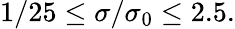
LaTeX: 1/25\leq\sigma/\sigma_{0}\leq 2.5.